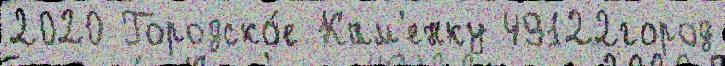
2020 Городско́е Кам'енку 49122город